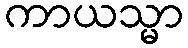
ကာယသ္မာ